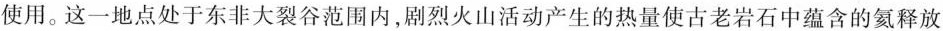
使用。这一地点处于东非大裂谷范围内，剧烈火山活动产生的热量使古老岩石中蕴含的氦释放